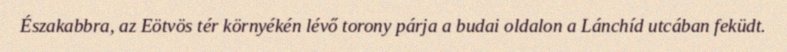
Északabbra, az Eötvös tér környékén lévő torony párja a budai oldalon a Lánchíd utcában feküdt.